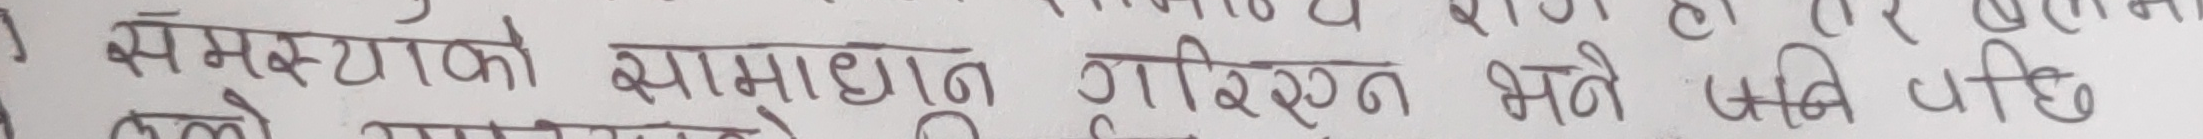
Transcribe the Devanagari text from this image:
अम्स्टाको सामाधान गरिन्छ भने पनि छ